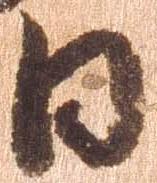
日